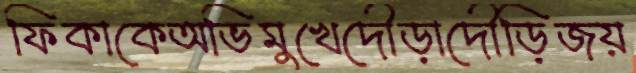
ফিকাকেঅভিমুখেদৌড়াদৌড়িজয়